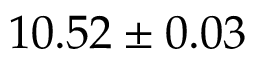
1 0 . 5 2 \pm 0 . 0 3